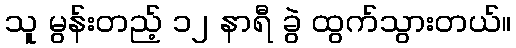
သူ မွန်းတည့် ၁၂ နာရီ ခွဲ ထွက်သွားတယ်။